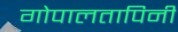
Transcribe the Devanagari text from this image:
गोपालतापिनी